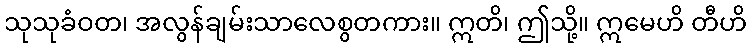
သုသုခံဝတ၊ အလွန်ချမ်းသာလေစွတကား။ ဣတိ၊ ဤသို့။ ဣမေဟိ တီဟိ